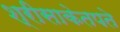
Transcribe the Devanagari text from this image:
श्रीसाकेतपते